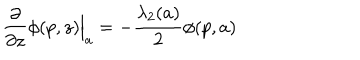
LaTeX: \frac { \partial } { \partial z } \phi ( p , z ) \Big | _ { a } = - \frac { \lambda _ { 2 } ( a ) } 2 \phi ( p , a )